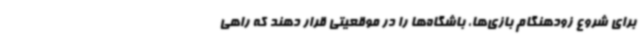
برای شروع زودهنگام بازی‌ها، باشگاه‌ها را در موقعیتی قرار دهند که راهی